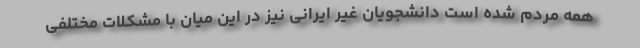
همه مردم شده است دانشجویان غیر ایرانی نیز در این میان با مشکلات مختلفی